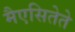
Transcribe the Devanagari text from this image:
मैएसितेते